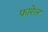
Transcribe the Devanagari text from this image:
फारेल